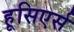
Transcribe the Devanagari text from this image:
हूसिएर्स